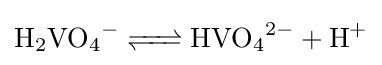
{\ce {H2VO4- <=> HVO4^2- + H+}}